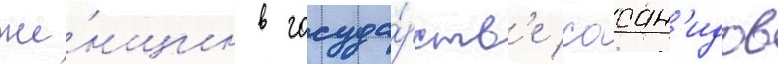
же́нщин в госуда́рств'е сасан'идов